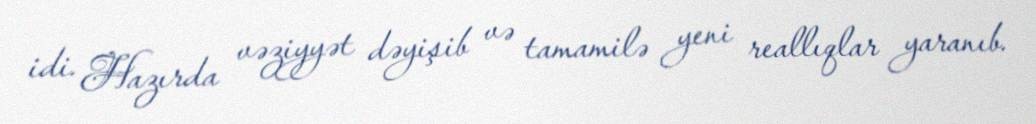
idi. Hazırda vəziyyət dəyişib və tamamilə yeni reallıqlar yaranıb.